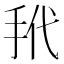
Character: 𪭩